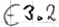
Text: E3.2